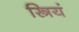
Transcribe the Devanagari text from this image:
स्त्रियं